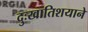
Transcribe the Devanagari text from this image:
दुःखातिशयाने